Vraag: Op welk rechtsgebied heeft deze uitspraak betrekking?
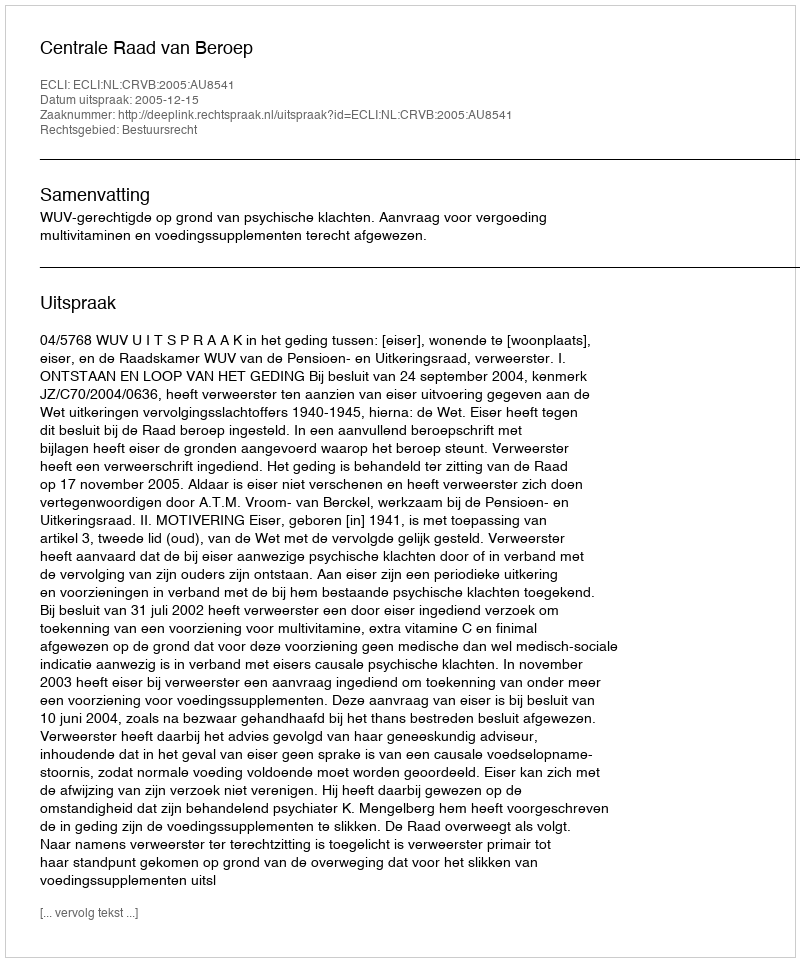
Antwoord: Bestuursrecht